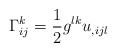
\begin{align*}\Gamma_{ij}^k=\frac{1}{2}g^{lk}u_{,ijl}\end{align*}